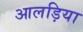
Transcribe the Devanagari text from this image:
आलड़िया